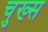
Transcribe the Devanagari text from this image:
चुख्स